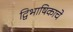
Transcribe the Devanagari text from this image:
द्विभाषिकाचे